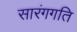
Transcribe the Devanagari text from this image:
सारंगगति